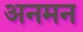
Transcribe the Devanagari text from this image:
अनमन